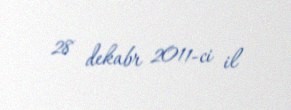
28 dekabr 2011-ci il